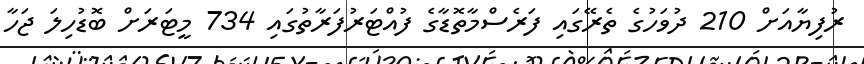
ރުފިޔާއަށް 210 ދުވަހުގެ ތެރޭގައި ފަރެސްމާތޮޑާގެ ފުއްޓަރުފަރާތުގައި 734 މީޓަރަށް ބޮޑުހިލަ ޖަހާ